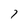
Character: 7